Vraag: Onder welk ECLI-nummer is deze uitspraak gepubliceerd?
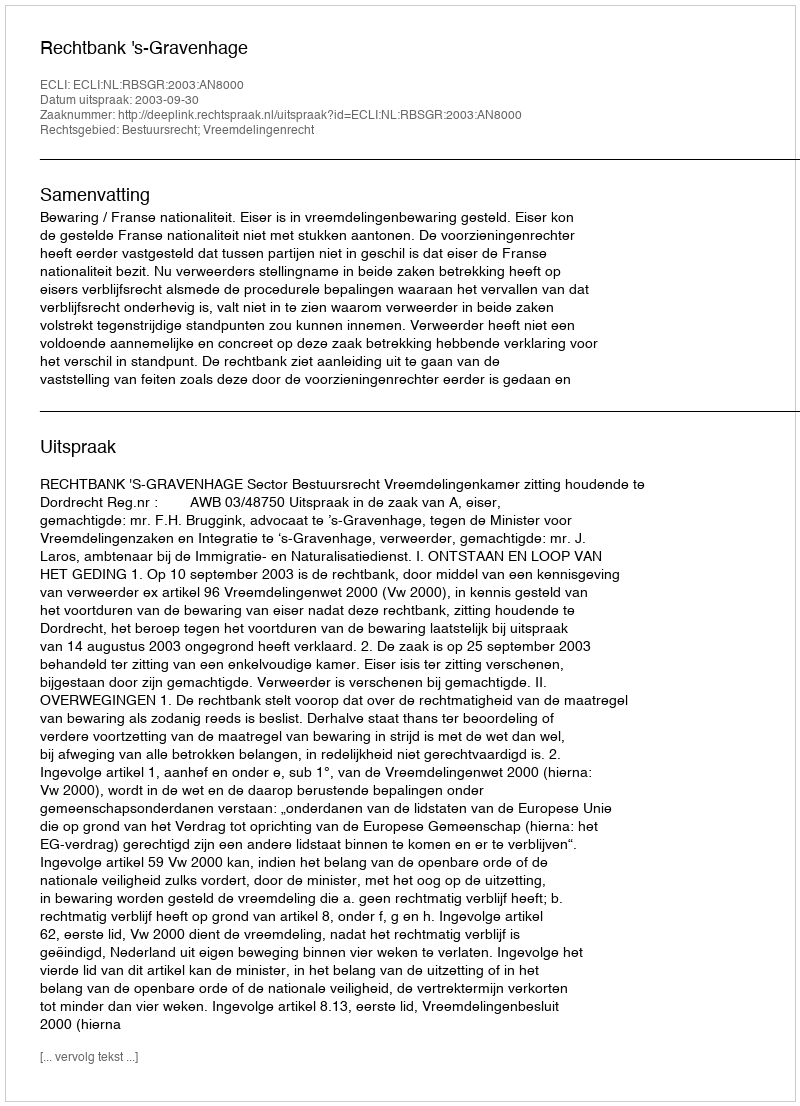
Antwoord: ECLI:NL:RBSGR:2003:AN8000